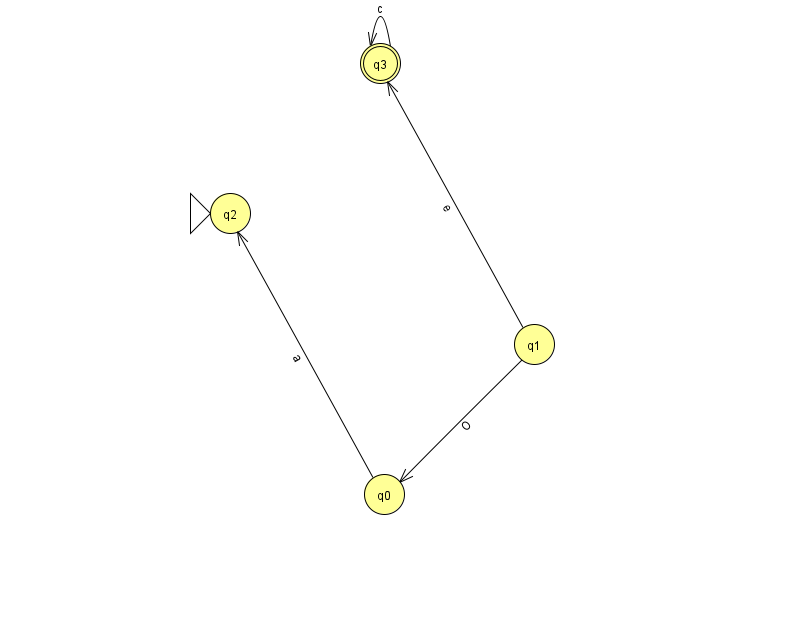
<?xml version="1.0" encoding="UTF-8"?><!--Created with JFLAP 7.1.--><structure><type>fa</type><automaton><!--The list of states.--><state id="0" name="q0"><x>384.0</x><y>481.0</y></state><state id="1" name="q1"><x>534.0</x><y>331.0</y></state><state id="2" name="q2"><x>230.0</x><y>200.0</y><initial/></state><state id="3" name="q3"><x>380.0</x><y>50.0</y><final/></state><!--The list of transitions.--><transition><from>1</from><to>3</to><read>e</read></transition><transition><from>3</from><to>3</to><read>c</read></transition><transition><from>0</from><to>2</to><read>a</read></transition><transition><from>1</from><to>0</to><read>O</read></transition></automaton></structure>